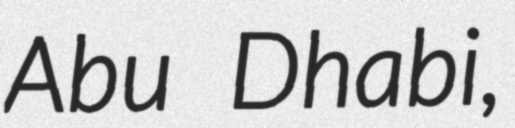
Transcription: Abu Dhabi,